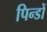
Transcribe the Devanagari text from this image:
पिन्डों